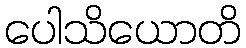
ပေါသိယောတိ